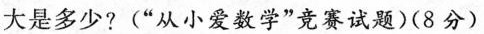
大是多少?(”从小爱数学”竞赛试题)(8分)